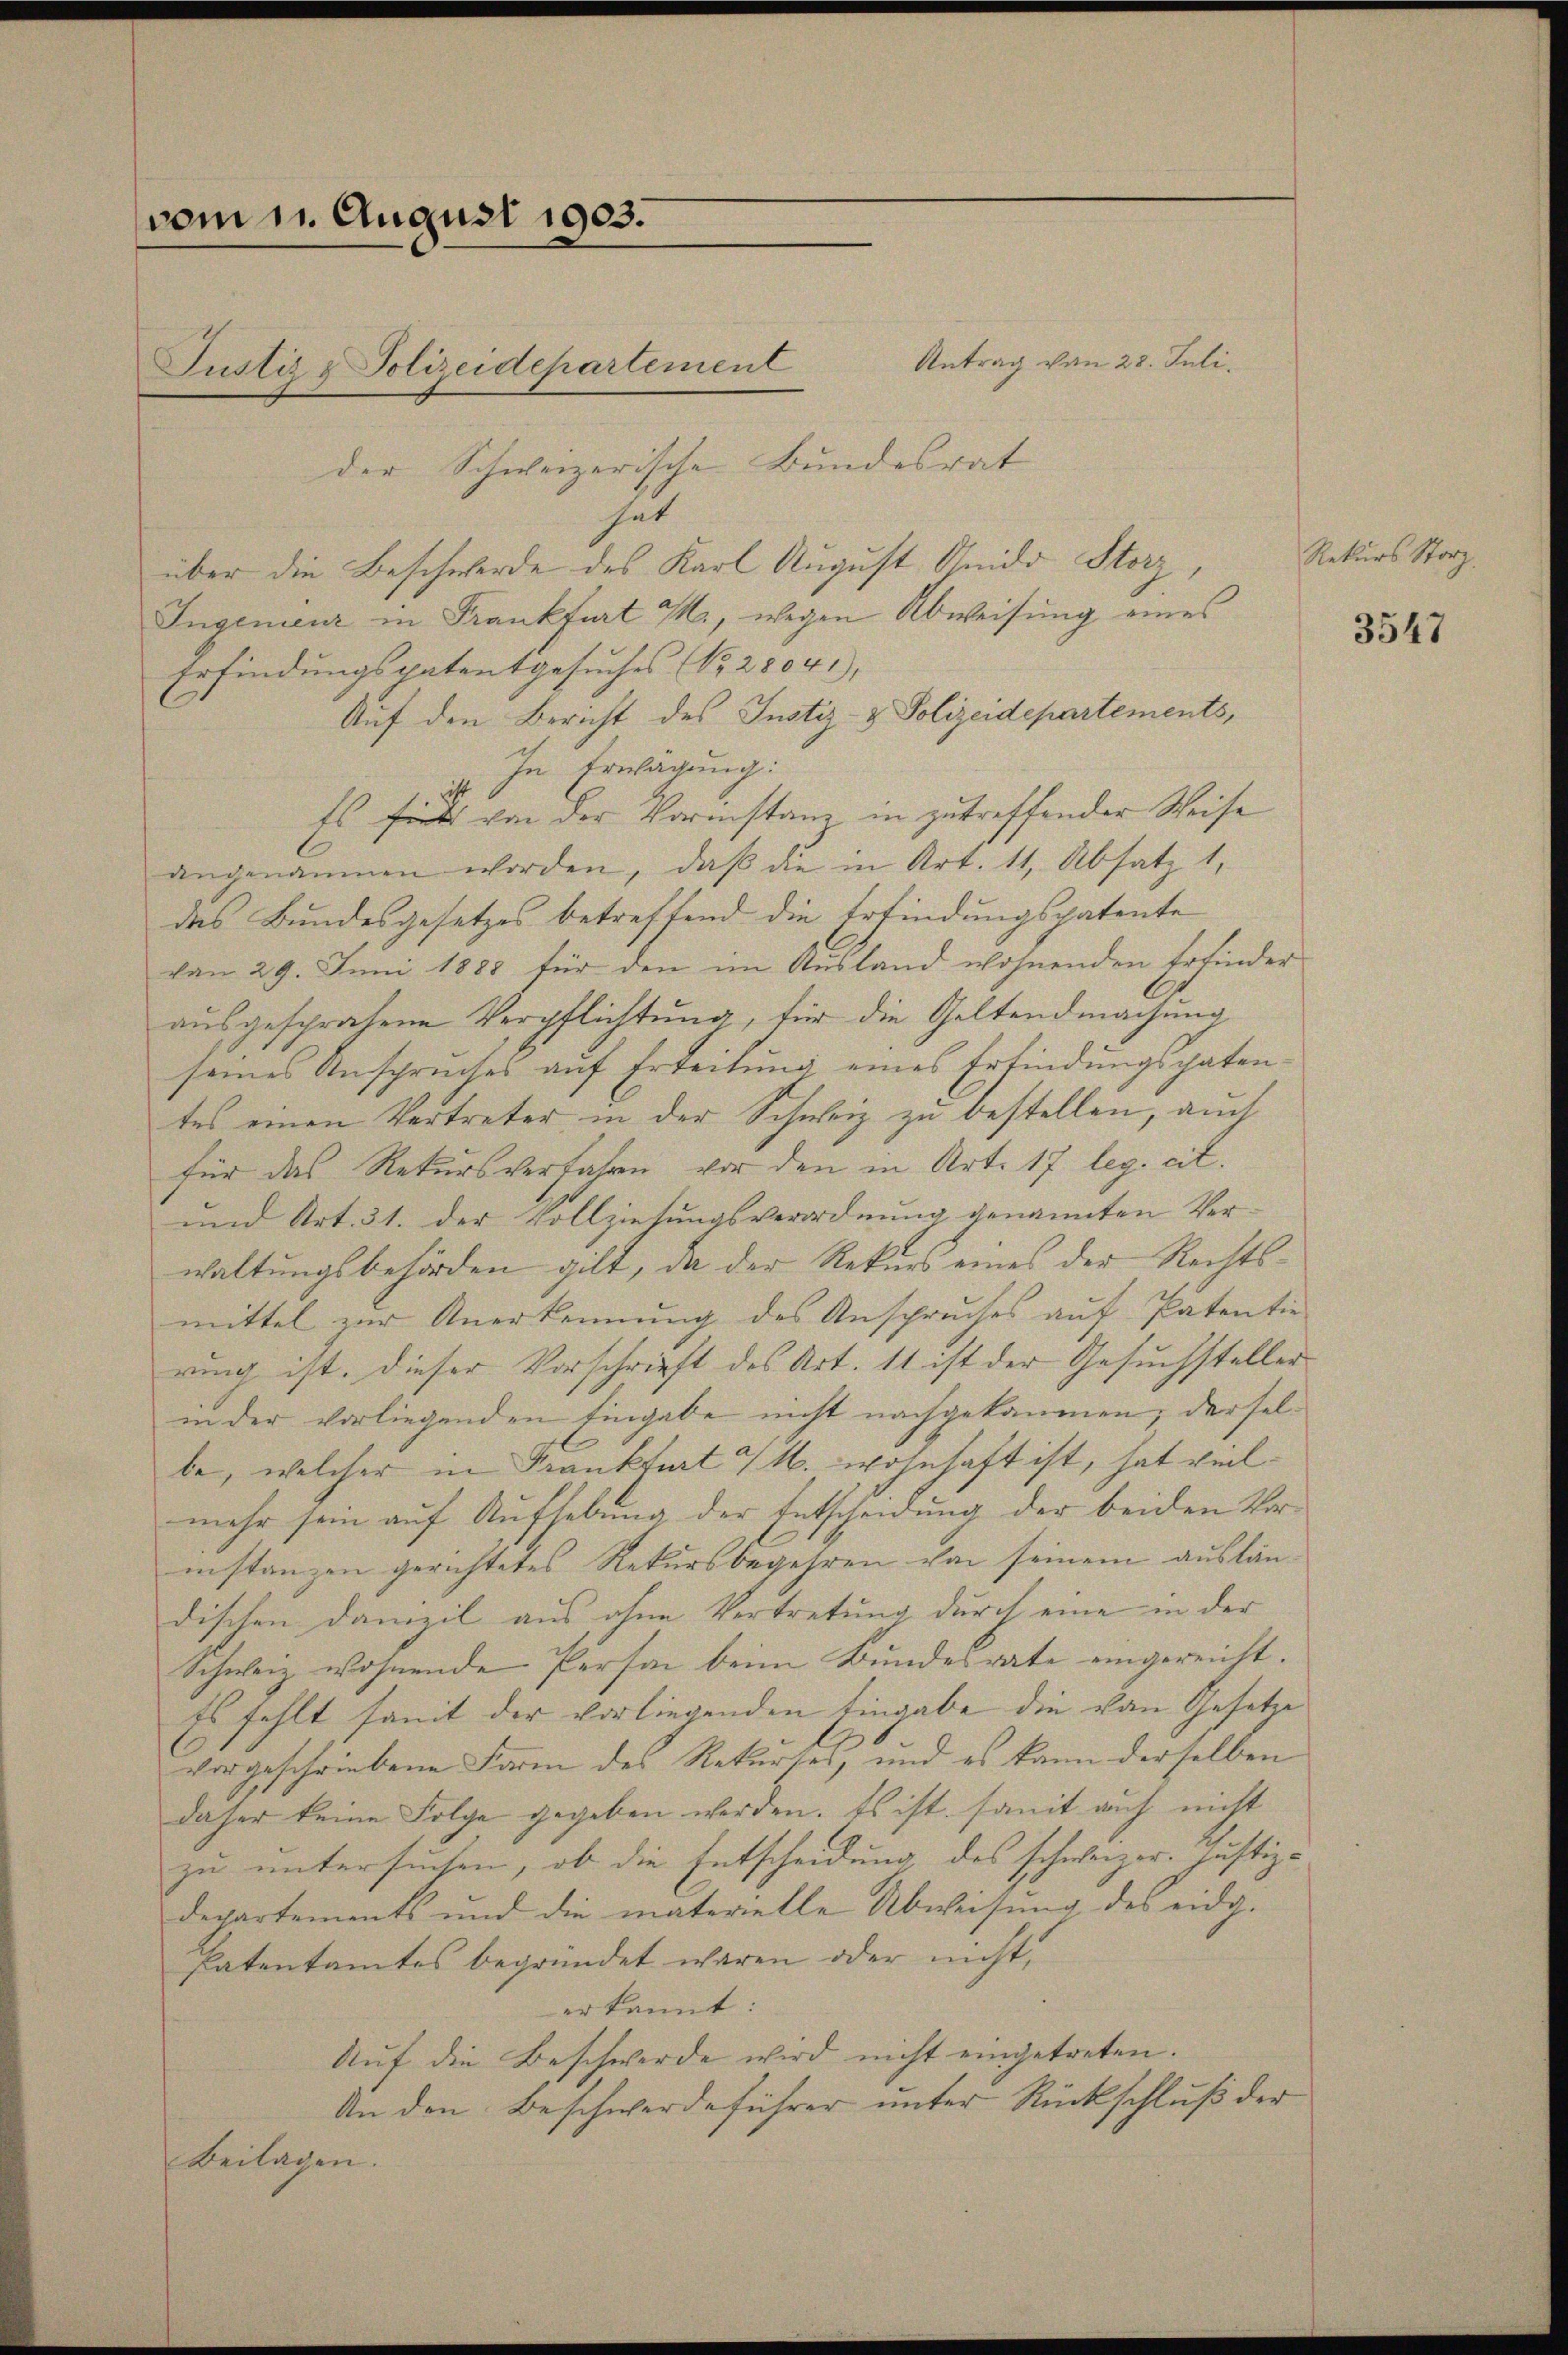
vom 1. August 1903.
Justiz & Polizeidepartement
der Schweizerische Bundesrat

Antrag von 28. Juli.
hat
über die Beschwerde des Karl August Anido Storz,
Ingenienz in Frankfurt M., wegen Abweisung eines
Erfindungspatentgesuches No. 28041),
Auf den Bericht des Justiz- & Polizeidepartements,
In Erwägung:
Es fiel von der Vormstanz in zu treffender Weise
angenommen worden, daβ die in Art. 11, Absatz 1,
des Bundesgesetzes betreffend die Erfindungspatente
von 29. Juni 1888 für den im Ausland wohnenden Erfinder
ausgesprochene Verpflichtung, für die Geltendmachung,
seines Anspruches auf Erteilung eines Erfindungspatentes einen Vertreter in der Schweiz zu bestellen, auch
für das Rekursverfahre vor den in Art. 17 leg. cit.
und Art. 31. der Vollziehungsverordnung genannten Verwaltungsbehörden gilt, da der Rekurs eines der Rechtsmittel zur Anerkennung des Anspruches auf Patentie
rung ist. Dieser Vorschrift des Art. 11 ist der Gesuchsteller
in der vorliegenden Eingabe nicht nachgekommen; derselbe, welcher in Krankfurt u. wohnhaft ist, hat vielmehr sein auf Aufhebung der Entscheidung der beiden Vorinstanzen gerichtetes Rekursbegehren von seinem ausländischen Danizil aus ohne Vertretung durch eine in der
Schweiz wohnende Person beim Bundesrate eingereicht.
Es fehlt somit der vorliegenden Eingabe die von Gesetze
vorgeschriebene Farm des Rekurses, und es kann derselben
daher keine Folge gegeben werden. Es ist, somit auf nicht
zu untersuchen, ob die Entscheidung des schweizer. Justiz-
departements und die materielle Abweisŭng des eidg.
Patentamtes begründet waren oder nicht,
erkannt:
Auf die Beschwerde wird nicht eingetreten.
An den Beschwerdeführer unter Rückschluß der
Beilagen.

Rekurs Storz.

3547